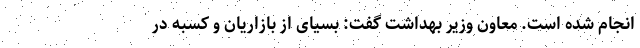
انجام شده است. معاون وزیر بهداشت گفت: بسیای از بازاریان و کسبه در